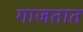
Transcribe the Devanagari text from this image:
गाजतात